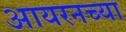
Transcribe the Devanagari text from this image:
आयरनच्या